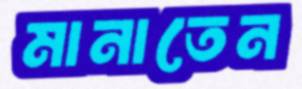
মানাতেন